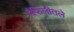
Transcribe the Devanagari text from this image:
मैफिलीतले